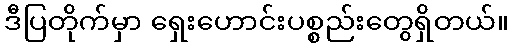
ဒီပြတိုက်မှာ ရှေးဟောင်းပစ္စည်းတွေရှိတယ်။